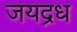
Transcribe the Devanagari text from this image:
जयद्रध